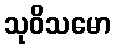
သုဝိသမော